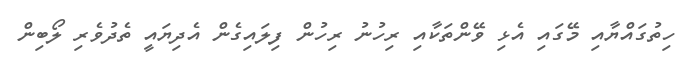
ހިތުގައްޔާއި މޭގައި އެޅި ވޭންތަކާއި ރިހުނު ރިހުން ފިލައިގެން އެދިޔައީ ތެދުވެރި ލޯބިން